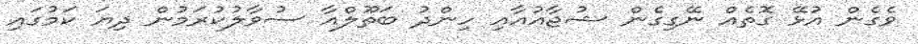
ވެގެން އުޅޭ ގޮތެއް ނޭގިގެން ޝުޖާއުއާއި ހިންދު ބަތޫލްއާ ސުވާލުކުރަމުން ދިޔަ ކަމުގައި